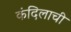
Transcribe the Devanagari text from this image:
कंदिलाची